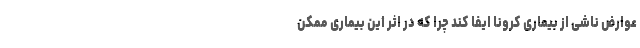
عوارض ناشی از بیماری کرونا ایفا کند چرا که در اثر این بیماری ممکن